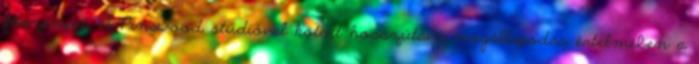
főszerepet. A Pinewood stúdióval kötött hosszútávú megállapodás értelmében a